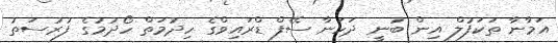
އަމާނާ ތަކަފުލް އިން ބުނީ ދަހަނާ ސޭފް ޑްރައިވްގެ ހިދުމަތް ހޯދުމުގެ ފުރުސަތު